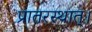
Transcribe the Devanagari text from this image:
प्रातरस्थात्।